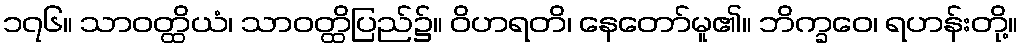
၁၇၆။ သာဝတ္ထိယံ၊ သာဝတ္ထိပြည်၌။ ဝိဟရတိ၊ နေတော်မူ၏။ ဘိက္ခဝေ၊ ရဟန်းတို့။